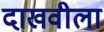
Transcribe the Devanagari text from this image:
दाखवीला